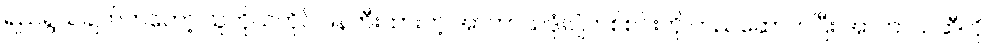
ရည်ရွယချက်ကတော့ သူကိုယ်တိုင် ဖန်တီးထားတဲ့ အာကာသဒုံးပျံတစ်စင်းကို တည်ဆောက်ပြီး အာကာသဆီကို